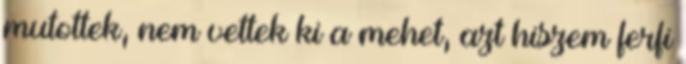
mutottek, nem vettek ki a mehet, azt hiszem ferfi